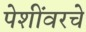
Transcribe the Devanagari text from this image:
पेशींवरचे